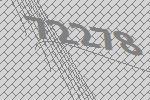
72278